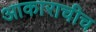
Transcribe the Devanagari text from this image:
आकाराचीच